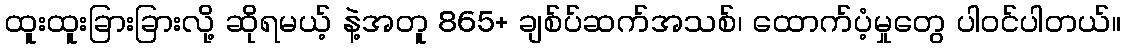
ထူးထူးခြားခြားလို့ ဆိုရမယ့် နဲ့အတူ 865+ ချစ်ပ်ဆက်အသစ်၊ ထောက်ပံ့မှုတွေ ပါဝင်ပါတယ်။